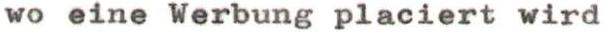
wo eine Werbung placiert wird